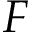
F